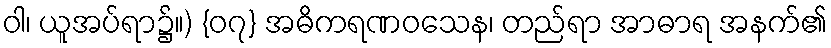
ဝါ၊ ယူအပ်ရာ၌။) {၀၇} အဓိကရဏဝသေန၊ တည်ရာ အာဓာရ အနက်၏